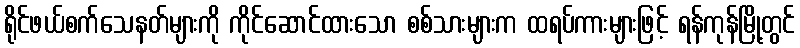
ရိုင်ဖယ်စက်သေနတ်များကို ကိုင်ဆောင်ထားသော စစ်သားများက ထရပ်ကားများဖြင့် ရန်ကုန်မြို့တွင်